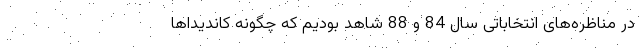
در مناظره‌های انتخاباتی سال 84 و 88 شاهد بودیم که چگونه کاندیداها